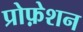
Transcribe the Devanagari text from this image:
प्रोफ़ेशन